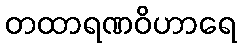
တထာရဏဝိဟာရေ